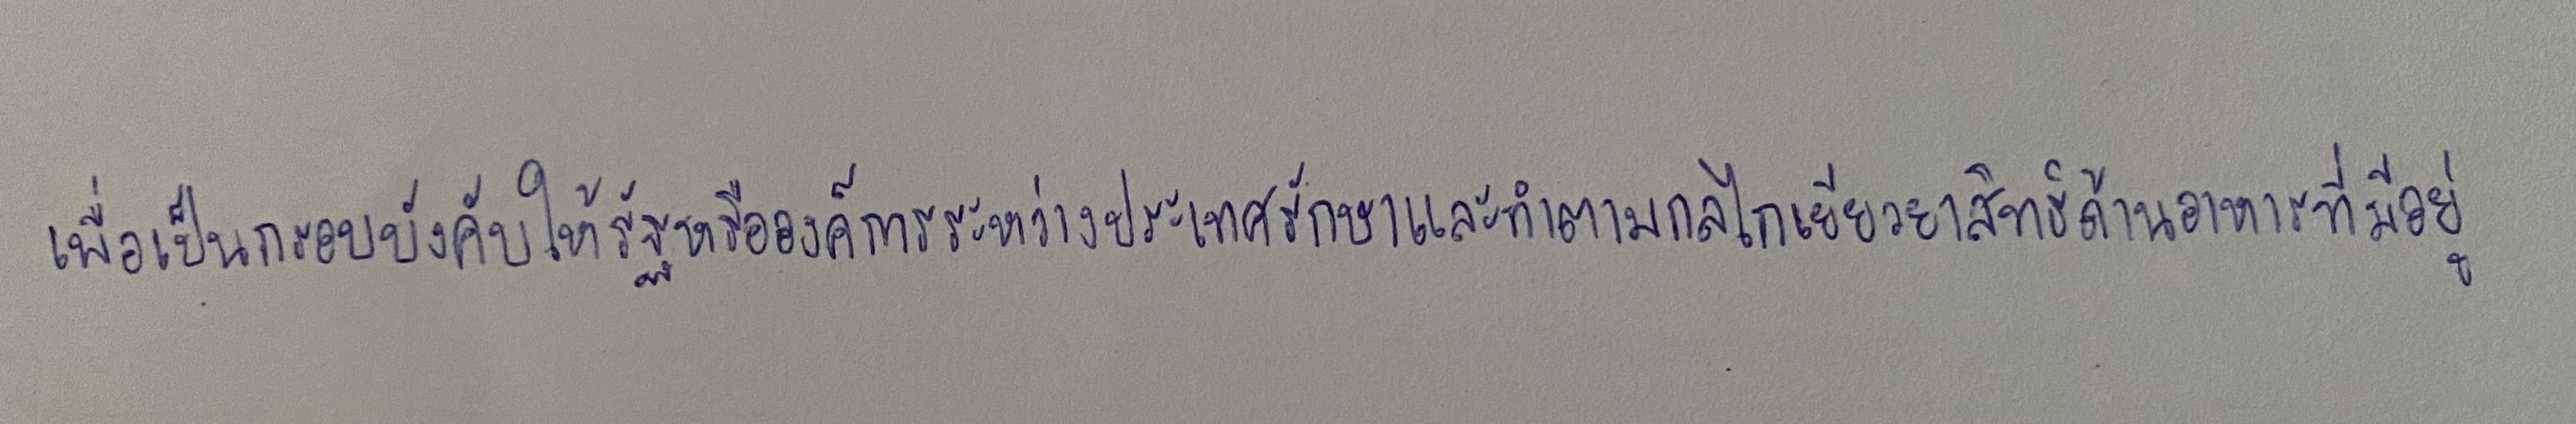
เพื่อเป็นกรอบบังคับให้รัฐหรือองค์การระหว่างประเทศรักษาและทำตามกลไกเยียวยาสิทธิด้านอาหารที่มีอยู่